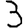
Digit: 3